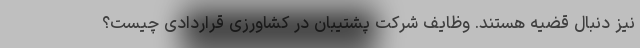
نیز دنبال قضیه هستند. وظایف شرکت پشتیبان در کشاورزی قراردادی چیست؟